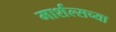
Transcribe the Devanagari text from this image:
मार्शल्सच्या